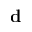
\ensuremath { \mathbf d }